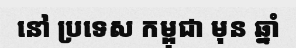
នៅ ប្រទេស កម្ពុជា មុន ឆ្នាំ